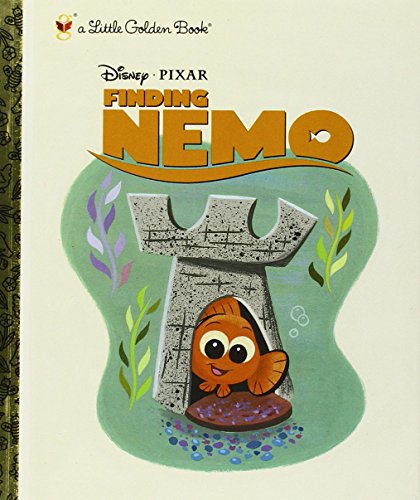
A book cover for Finding Nemo Little Golden Book; Children's Books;